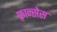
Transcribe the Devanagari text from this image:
फ़्रान्सेस